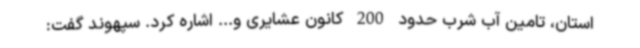
استان، تامین آب شرب حدود 200 کانون عشایری و... اشاره کرد. سپهوند گفت: